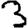
Digit: 3